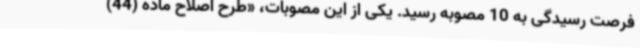
فرصت رسیدگی به 10 مصوبه رسید. یکی از این مصوبات، «طرح اصلاح ماده (44)